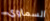
السماوي